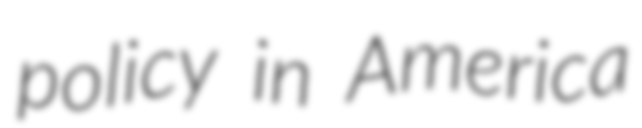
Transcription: policy in America